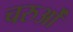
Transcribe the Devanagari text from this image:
चरुओं